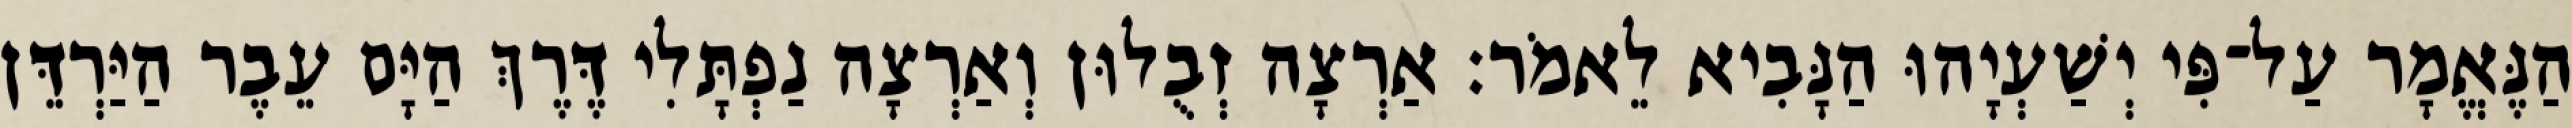
הַנֶּאֱמָר עַל־פִּי יְשַׁעְיָהוּ הַנָּבִיא לֵאמֹר׃ אַרְצָה זְבֻלוּן וְאַרְצָה נַפְתָּלִי דֶּרֶךְ הַיָּם עֵבֶר הַיַּרְדֵּן